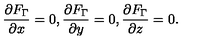
\frac { \partial F _ { \Gamma } } { \partial x } = 0 , \frac { \partial F _ { \Gamma } } { \partial y } = 0 , \frac { \partial F _ { \Gamma } } { \partial z } = 0 .